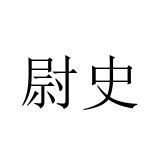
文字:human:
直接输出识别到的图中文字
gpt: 尉史